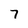
Character: 7